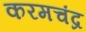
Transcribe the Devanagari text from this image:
करमचंद्र